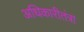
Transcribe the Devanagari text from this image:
अधिकारीतंत्रा